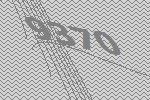
9370